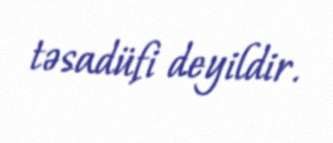
təsadüfi deyildir.